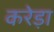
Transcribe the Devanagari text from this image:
करेड़ा